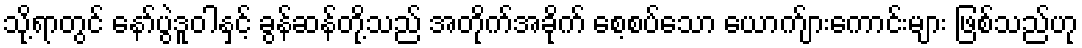
သို့ရာတွင် နော်ပွဲဒူဝါနှင့် ခွန်ဆန်တို့သည် အတိုက်အခိုက် စေ့စပ်သော ယောက်ျားကောင်းများ ဖြစ်သည်ဟု